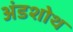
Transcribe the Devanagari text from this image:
अंडशोथ